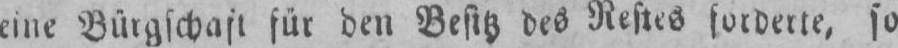
für den Besitz des Restes forderte, so